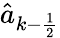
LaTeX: \hat{a}_{k-\frac 12}